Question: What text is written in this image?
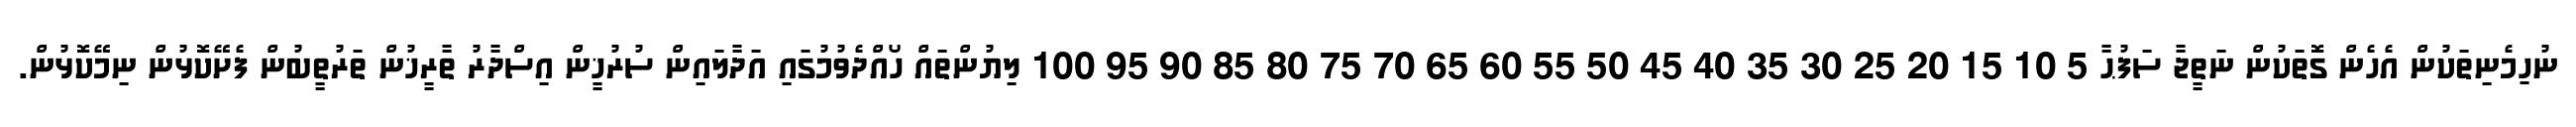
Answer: ނުހިމެނިތަކުން އެހެން ގޮތަކުން ނަތީޖާ ސަފުޙާ 5 10 15 20 25 30 35 40 45 50 55 60 65 70 75 80 85 90 95 100 ލިޔުންތައް ހޯއްދެވުމުގައި އަދާލައިން ސުރުޚީން އިސްދާރު ތާރީޚުން ތަރުތީބުން ފެށޭކޮޅުން ނިމޭކޮޅުން.